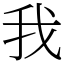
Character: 我